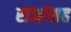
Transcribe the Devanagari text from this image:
राजांसह